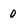
Character: 0